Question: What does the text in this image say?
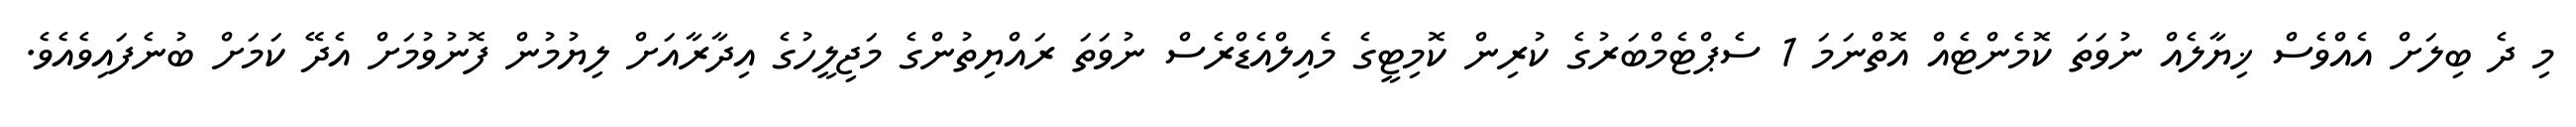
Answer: މި ދެ ބިލަށް އެއްވެސް ޚިޔާލެއް ނުވަތަ ކޮމެންޓެއް އޮތްނަމަ 1 ސެޕްޓެމްބަރުގެ ކުރިން ކޮމިޓީގެ މެއިލްއެޑްރެސް ނުވަތަ ރައްޔިތުންގެ މަޖިލީހުގެ އިދާރާއަށް ލިޔުމުން ފޮނުވުމަށް އެދޭ ކަމަށް ބުނެފައިވެއެވެ.